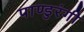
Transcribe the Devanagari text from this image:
पाण्डुरंगी